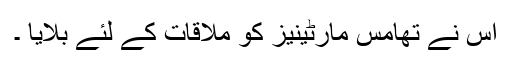
اس نے تھامس مارٹینیز کو ملاقات کے لئے بلایا ۔